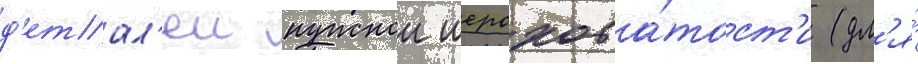
д'етал'еи нужнои шерохова́тост'и (дл'я́